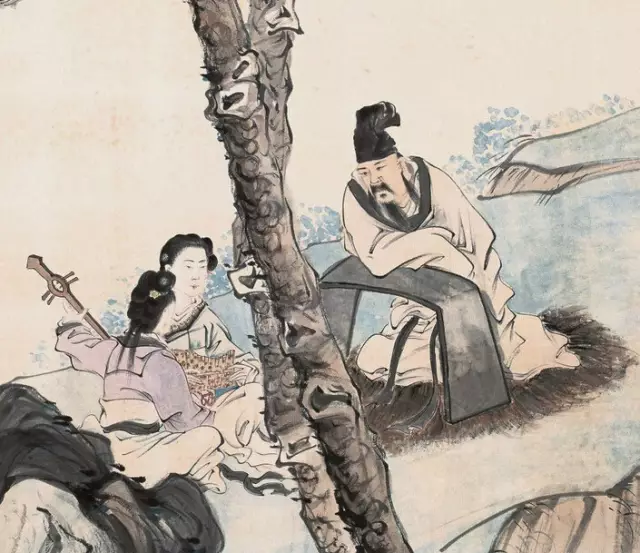
可以仕则仕，可以止则止。